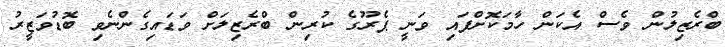
ބްރެޒިލުން ވެސް އެކަން ހާމަކޮށްފައި ވަނީ ޕެރޫގެ ކުރިން ބްރެޒިލަށް ވަޑައިގެންނެވި ބޮޑުވަޒީރު